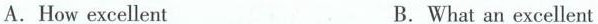
A.How excellent B.What an excellent